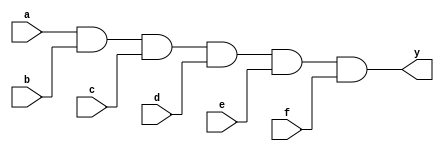
module xup_and6 #(parameter DELAY=3)(
    input a,
    input b,
    input c,
    input d,
    input e,
    input f,
    output y
    );
    
    and #DELAY (y,a,b,c,d,e,f);
    
endmodule